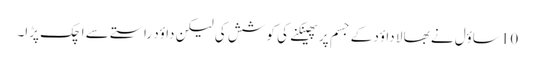
10 ساؤل نے بھا لا داؤد کے جسم پر پھینکنے کی کو شش کی لیکن داؤد راستے سے اچک پڑا۔